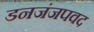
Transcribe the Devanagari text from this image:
डनजंजपवद